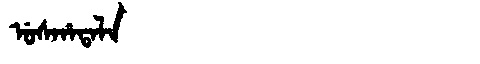
Manchu: ᡠᠰᡥᠠᡨᠠᠯᠠ
Romanization: USHATALA